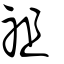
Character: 祖